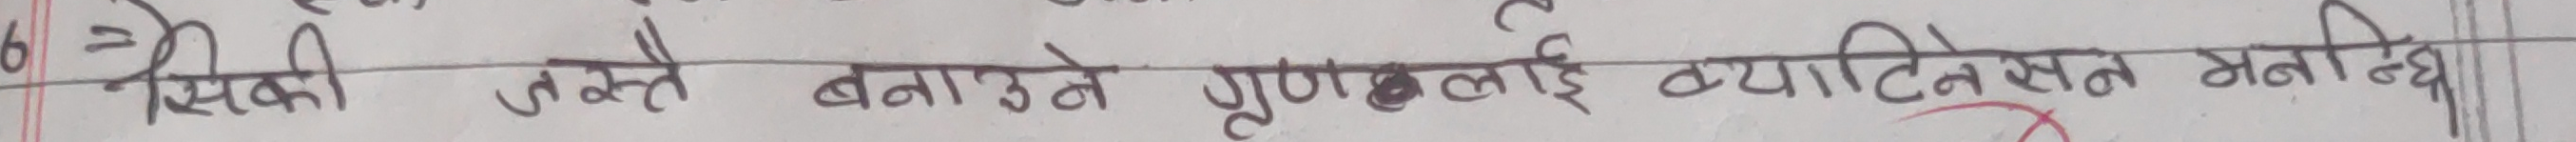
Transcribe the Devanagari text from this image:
6 यसकी उनले बनाउने गुणलाई व्यक्तिगत मानिन्थ्यो।